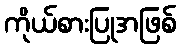
ကိုယ်စားပြုအဖြစ်